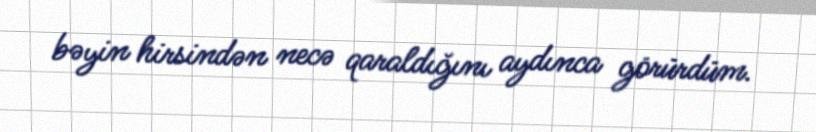
bəyin hirsindən necə qaraldığını aydınca görürdüm.